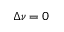
\Delta \nu = 0